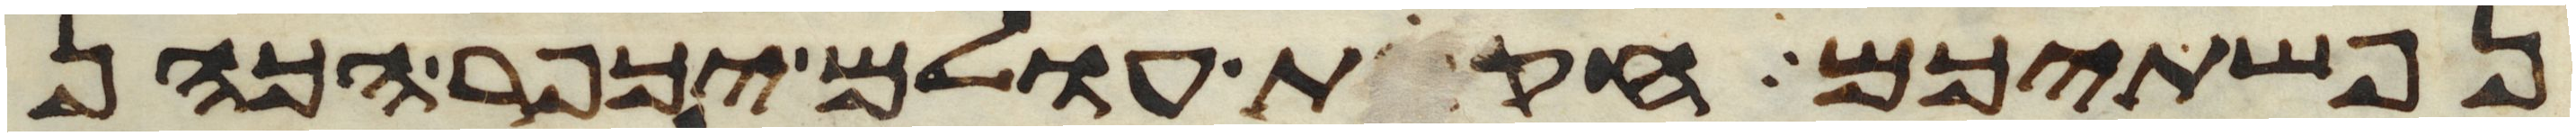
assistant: נפשתיכם חקות עולם יכפר הכהן